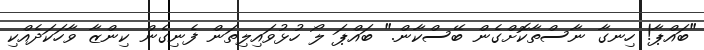
"ބައްޕާ! ހިނގާ ނާސްތާކޮށްގެން ބޭސްކާން." ބައްޕަ ލޯ ހުޅުވައިލިތަން ފެނިގެން ކިންޒާ ވާހަކަދެއްކި